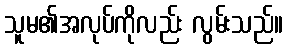
သူမ၏အလုပ်ကိုလည်း လွမ်းသည်။